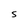
Character: S